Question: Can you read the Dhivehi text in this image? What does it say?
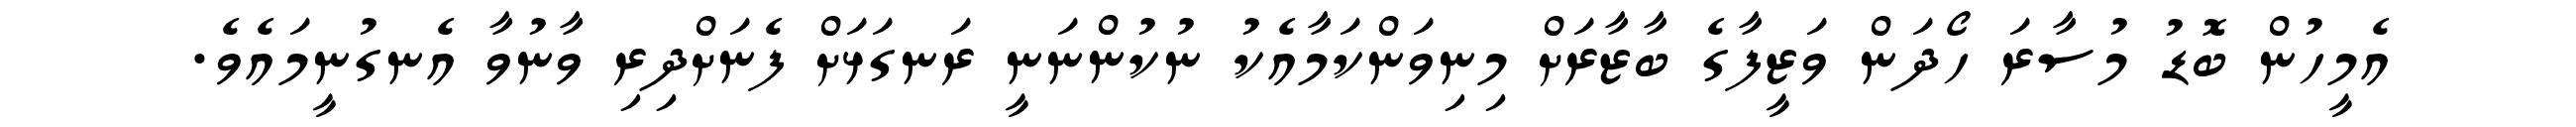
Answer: އެމީހުން ބޮޑު މުސާރަ ހޯދަން ވަޒީފާގެ ބާޒާރަށް މިނިވަންކަމާއެކު ނުކުންނަނީ ރަނގަޅަށް ފެނަށްދިރި ވާނުވާ އެނގުނީމައެވެ.